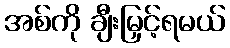
အစ်ကို ချီးမြှင့်ရမယ်